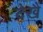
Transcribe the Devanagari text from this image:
देखैं